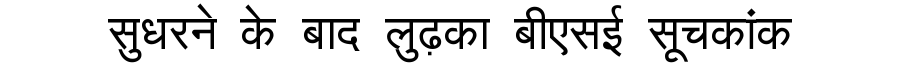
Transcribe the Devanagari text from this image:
सुधरने के बाद लुढ़का बीएसई सूचकांक